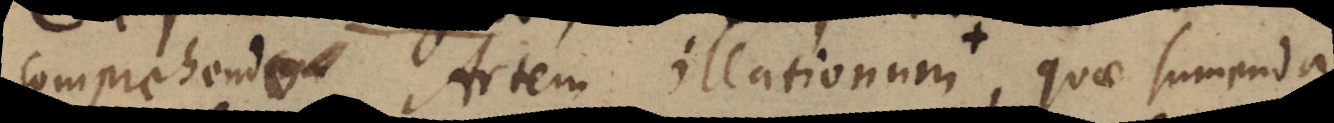
comprehendo Artem illationum, quae sumenda